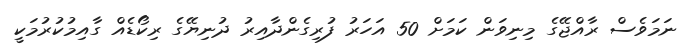
ނަމަވެސް ރާއްޖޭގެ މިނިވަން ކަމަށް 50 އަހަރު ފުރިގެންދާއިރު ދުނިޔޭގެ ރިކޯޑެއް ގާއިމުކުރުމަކީ